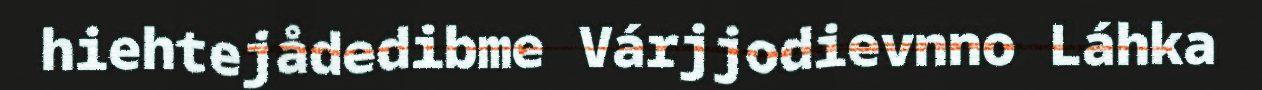
hiehtejådedibme Várjjodievnno Láhka